Annual administration report of the Civil Veterinary Department of India - 1894-1895
Year: 1894
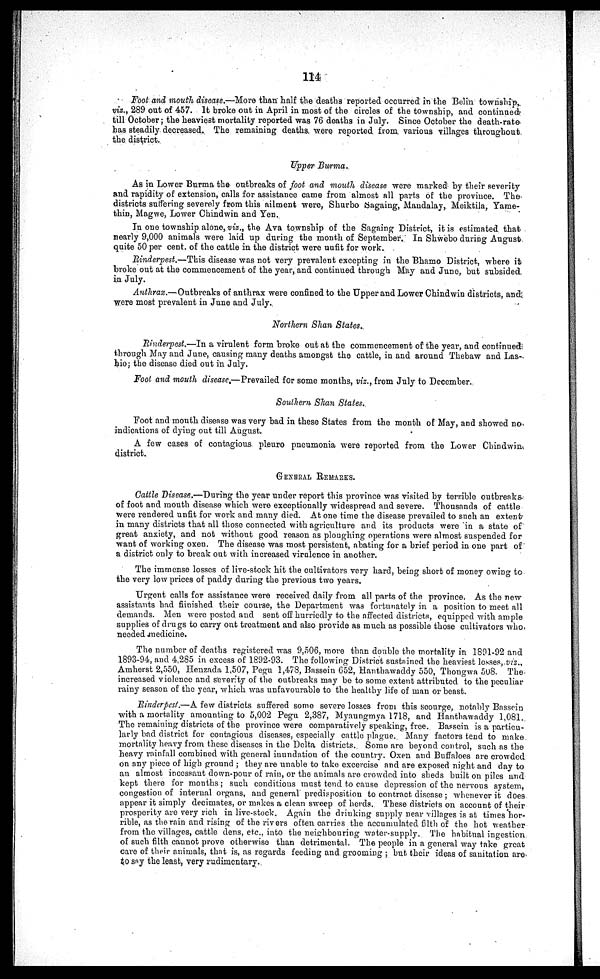
114
Foot and mouth disease.—More than half the deaths reported occurred in the Belin township,
viz., 289 out of 457. It broke out in April in most of the circles of the township, and continued
till October; the heaviest mortality reported was 76 deaths in July. Since October the death-rate
has steadily decreased. The remaining deaths were reported from various villages throughout
the district.
Upper Burma.
As in Lower Burma the outbreaks of foot and mouth disease were marked by their severity
and rapidity of extension, calls for assistance came from almost all parts of the province. The
districts suffering severely from this ailment were, Shurbo Sagaing, Mandalay, Meiktila, Yame-
thin, Magwe, Lower Chindwin and Yen.
In one township alone, viz., the Ava township of the Sagaing District, it is estimated that
nearly 9,000 animals were laid up during the month of September. In Shwebo during August
quite 50 per cent. of the cattle in the district were uufit for work.
Rinderpest.—This disease was not very prevalent excepting in the Bhamo District, where it
broke out at the commencement of the year, and continued through May and June, but subsided
in July.
Anthrax.—Outbreaks of anthrax were confined to the Upper and Lower Chindwin districts, and
were most prevalent in June and July.
Northern Shan States.
Rinderpest.—In a virulent form broke out at the commencement of the year, and continued
through May and June, causing many deaths amongst the cattle, in and around Thebaw and Las-
hio; the disease died out in July.
Foot and mouth disease.—Prevailed for some months, viz., from July to December.
Southern Shan States.
Foot and mouth disease was very bad in these States from the month of May, and showed no
indications of dying out till August.
A few cases of contagious pleuro pneumonia were reported from the Lower Chindwin
district.
GENERAL REMARKS.
Cattle Disease.—During the year under report this province was visited by terrible outbreaks-
of foot and mouth disease which were exceptionally widespread and severe. Thousands of cattle
were rendered unfit for work and many died. At one time the disease prevailed to such an extent
in many districts that all those connected with agriculture and its products were in a state of
great anxiety, and not without good reason as ploughing operations were almost suspended for
want of working oxen. The disease was most persistent, abating for a brief period in one part of
a district only to break out with increased virulence in another.
The immense losses of live-stock hit the cultivators very hard, being short of money owing to
the very low prices of paddy during the previous two years.
Urgent calls for assistance were received daily from all parts of the province. As the new
assistants had fiinished their course, the Department was fortunately in a position to meet all
demands. Men were posted and sent off hurriedly to the affected districts, equipped with ample
supplies of drugs to carry out treatment and also provide as much as possible those cultivators who
needed medicine.
The number of deaths registered was 9,506, more than double the mortality in 1891-92 and
1893-94, and 4,285 in excess of 1892-93. The following District sustained the heaviest losses,.viz.,
Amherst 2,550, Henzada 1,507, Pegu 1,478, Bassein 652, Hanthawaddy 550, Thongwa 508. The
increased violence and severity of the outbreaks may be to some extent attributed to the peculiar
rainy season of the year, which was unfavourable to the healthy life of man or beast.
Rinderpest.—A few districts suffered some severe losses from this scourge, notably Bassein
with a mortality amounting to 5,002 Pegu 2,387, Myaungmya 1718, and Hanthawaddy 1,081.
The remaining districts of the province were comparatively speaking, free. Bassein is a particu-
larly bad district for contagious diseases, especially cattle plague. Many factors tend to make
mortality heavy from these diseases in the Delta districts. Some are beyond control, such as the
heavy rainfall combined with general inundation of the country. Oxen and Buffaloes are crowded
on any piece of high ground ; they are unable to take excercise and are exposed night and day to
an almost incessant down-pour of rain, or the animals are crowded into sheds built on piles and
kept there for months; such conditions must tend to cause depression of the nervous system,
congestion of internal organs, and general predisposition to contract disease ; whenever it does
appear it simply decimates, or makes a clean sweep of herds. These districts on account of their
prosperity are very rich in live-stock. Again the drinking supply near villages is at times hor-
rible, as the rain and rising of the rivers often carries the accumulated filth of the hot weather
from the villages, cattle dens, etc., into the neighbouring water-supply. The habitual ingestion
of such filth cannot prove otherwise than detrimental. The people in a general way take great
care of their animals, that is, as regards feeding and grooming ; but their ideas of sanitation are
to say the least, very rudimentary.